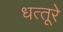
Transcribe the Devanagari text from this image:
धत्‍तूरे